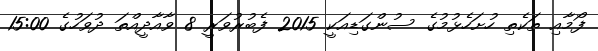
ފޯމާއި ތަކެތި ހުށަހެޅުމުގެ ސުންގަޑިއަކީ 2015 ފެބުރުވަރީ 8 ވާއާދީއްތަ ދުވަހުގެ 15:00